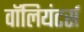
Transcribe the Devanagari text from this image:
वॉलियंटर्स